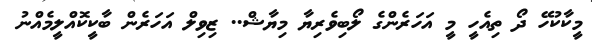
މީކާކުހޭ ދޯ ތިއެހީ މީ އަހަރެންގެ ލޯބިވެރިޔާ މިޔާޝް.. ޒިވިލް އަހަރެން ބާކީކޮއްލީމެއްނު